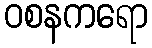
ဝစနကရော